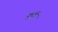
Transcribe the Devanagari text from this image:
कुंटो